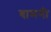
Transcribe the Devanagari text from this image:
बामनी